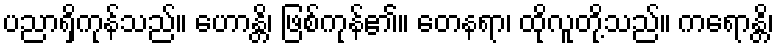
ပညာရှိကုန်သည်။ ဟောန္တိ၊ ဖြစ်ကုန်၏။ တေနရာ၊ ထိုလူတို့သည်။ ကရောန္တိ၊